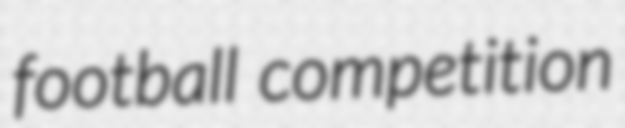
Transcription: football competition